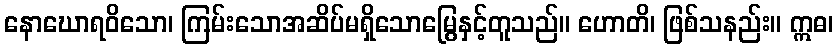
နောဃောရဝိသော၊ ကြမ်းသောအဆိပ်မရှိသောမြွေနှင့်တူသည်။ ဟောတိ၊ ဖြစ်သနည်း။ ဣဓ၊